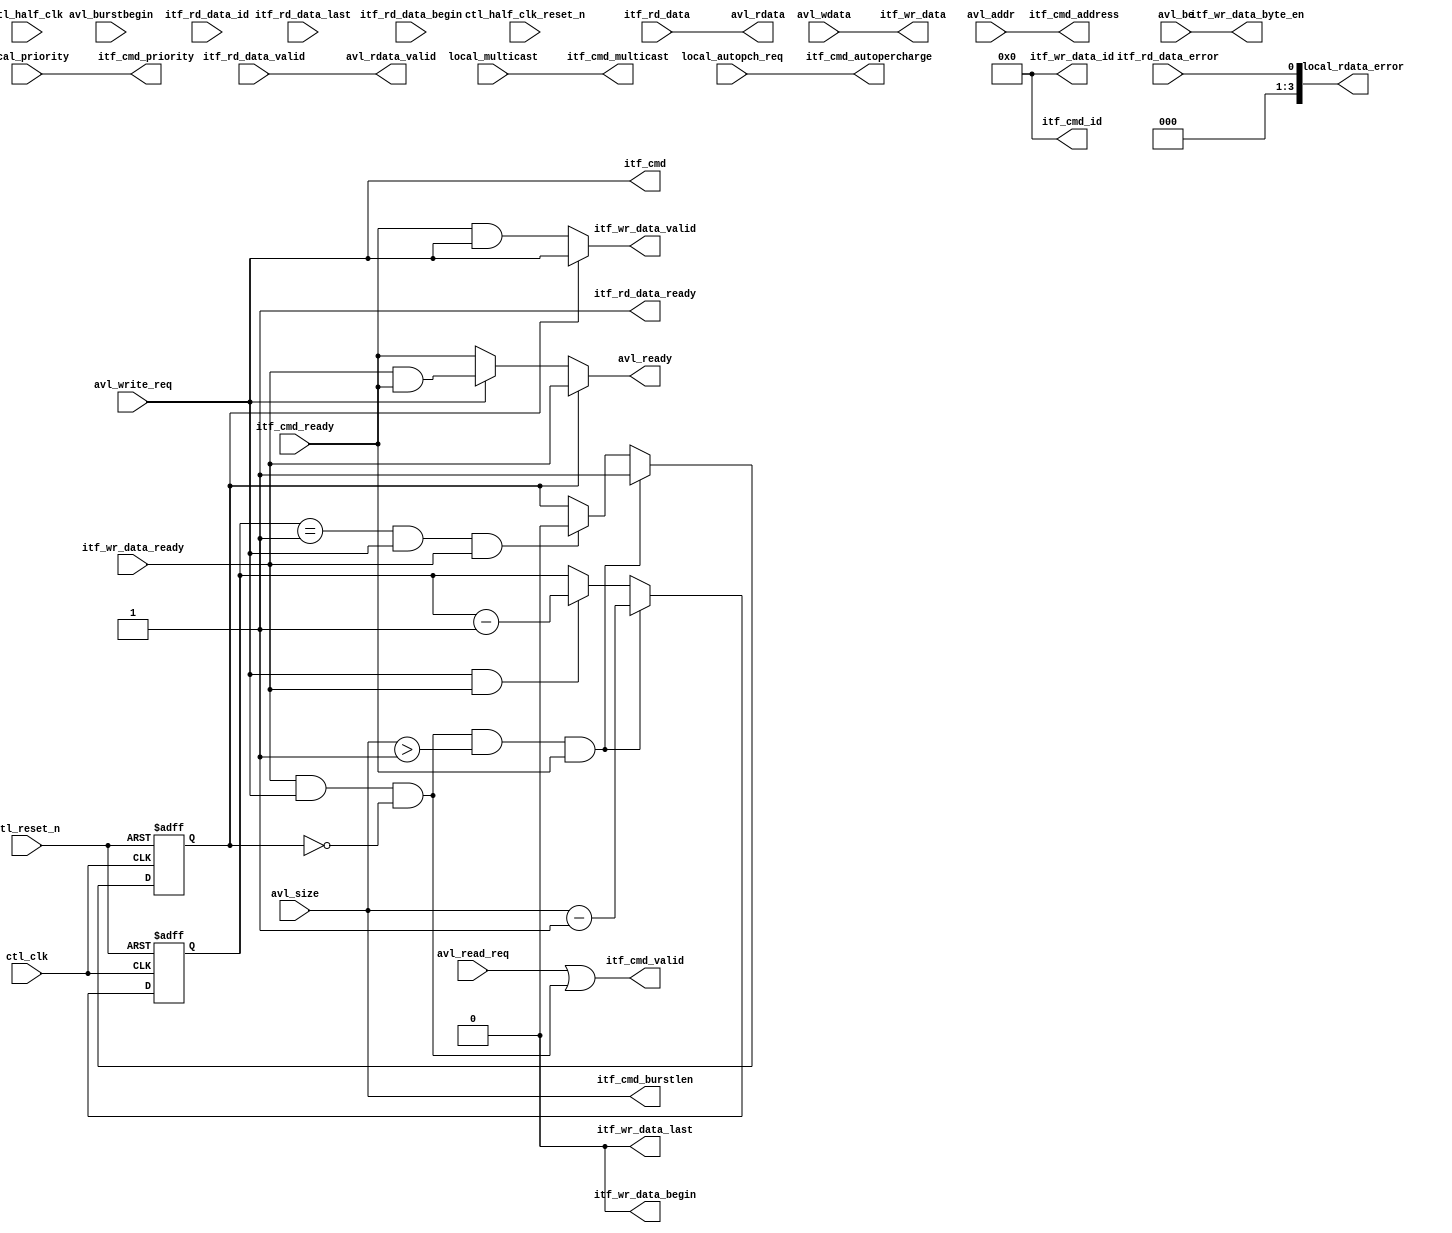
///////////////////////////////////////////////////////////////////////////////
// Title         : alt_mem_ddrx_mm_st_converter
//
//
// Abstract      : take in Avalon MM interface and convert it to single cmd and 
//                 multiple data Avalon ST
//
///////////////////////////////////////////////////////////////////////////////

`timescale 1 ps / 1 ps

module alt_mem_ddrx_mm_st_converter # (
    parameter
        AVL_SIZE_WIDTH     = 3,
        AVL_ADDR_WIDTH     = 25,
        AVL_DATA_WIDTH     = 32,
        LOCAL_ID_WIDTH     = 8,
        CFG_DWIDTH_RATIO   = 4,
        CFG_MM_ST_CONV_REG = 0
    )
    (
        
        ctl_clk, // controller clock
        ctl_reset_n, // controller reset_n, synchronous to ctl_clk
        
        ctl_half_clk, // controller clock, half-rate 
        ctl_half_clk_reset_n, // controller reset_n, synchronous to ctl_half_clk 
        
        // Avalon data slave interface
        avl_ready, // Avalon wait_n
        avl_read_req, // Avalon read 
        avl_write_req, // Avalon write
        avl_size, // Avalon burstcount
        avl_burstbegin, // Avalon burstbegin
        avl_addr, // Avalon address 
        avl_rdata_valid, // Avalon readdata_valid
        avl_rdata, // Avalon readdata
        avl_wdata, // Avalon writedata
        avl_be, // Avalon byteenble
        
        local_rdata_error, // Avalon readdata_error
        local_multicast, // In-band multicast
        local_autopch_req, // In-band auto-precharge request signal 
        local_priority, // In-band priority signal
        
        // cmd channel
        itf_cmd_ready,
        itf_cmd_valid,
        itf_cmd,
        itf_cmd_address,
        itf_cmd_burstlen,
        itf_cmd_id,
        itf_cmd_priority,
        itf_cmd_autopercharge,
        itf_cmd_multicast,
    
        // write data channel
        itf_wr_data_ready,
        itf_wr_data_valid,
        itf_wr_data,
        itf_wr_data_byte_en,
        itf_wr_data_begin,
        itf_wr_data_last,
        itf_wr_data_id,
        
        // read data channel
        itf_rd_data_ready,
        itf_rd_data_valid,
        itf_rd_data,
        itf_rd_data_error,
        itf_rd_data_begin,
        itf_rd_data_last,
        itf_rd_data_id
);
    localparam AVL_BE_WIDTH = AVL_DATA_WIDTH / 8;
    
    input ctl_clk;
    input ctl_reset_n;
    
    input ctl_half_clk;
    input ctl_half_clk_reset_n;
    
    output                      avl_ready;
    input                       avl_read_req;
    input                       avl_write_req;
    input  [AVL_SIZE_WIDTH-1:0] avl_size;
    input                       avl_burstbegin;
    input  [AVL_ADDR_WIDTH-1:0] avl_addr;
    output                      avl_rdata_valid;
    output [3:0]                local_rdata_error;
    output [AVL_DATA_WIDTH-1:0] avl_rdata;
    input  [AVL_DATA_WIDTH-1:0] avl_wdata;
    input  [AVL_BE_WIDTH-1:0]   avl_be;
    
    input local_multicast;
    input local_autopch_req;
    input local_priority;
    
    input                       itf_cmd_ready;
    output                      itf_cmd_valid;
    output                      itf_cmd;
    output [AVL_ADDR_WIDTH-1:0] itf_cmd_address;
    output [AVL_SIZE_WIDTH-1:0] itf_cmd_burstlen;
    output [LOCAL_ID_WIDTH-1:0] itf_cmd_id;
    output                      itf_cmd_priority;
    output                      itf_cmd_autopercharge;
    output                      itf_cmd_multicast;
    
    input                       itf_wr_data_ready;
    output                      itf_wr_data_valid;
    output [AVL_DATA_WIDTH-1:0] itf_wr_data;
    output [AVL_BE_WIDTH-1:0]   itf_wr_data_byte_en;
    output                      itf_wr_data_begin;
    output                      itf_wr_data_last;
    output [LOCAL_ID_WIDTH-1:0] itf_wr_data_id;
    
    output                     itf_rd_data_ready;
    input                      itf_rd_data_valid;
    input [AVL_DATA_WIDTH-1:0] itf_rd_data;
    input                      itf_rd_data_error;
    input                      itf_rd_data_begin;
    input                      itf_rd_data_last;
    input [LOCAL_ID_WIDTH-1:0] itf_rd_data_id;
    
    reg   [AVL_SIZE_WIDTH-1:0] burst_count;
    
    wire                       int_ready;
    wire                       itf_cmd; // high is write
    wire                       itf_wr_if_ready;
    wire  [LOCAL_ID_WIDTH-1:0] itf_cmd_id;
    wire                       itf_wr_data_begin;
    wire                       itf_wr_data_last;
    wire  [LOCAL_ID_WIDTH-1:0] itf_wr_data_id;
    reg                        data_pass;
    reg   [AVL_SIZE_WIDTH-1:0] burst_counter;
    
    reg                          avl_read_req_reg;
    reg                          avl_write_req_reg;
    reg   [AVL_SIZE_WIDTH-1:0]   avl_size_reg;
    reg                          avl_burstbegin_reg;
    reg   [AVL_ADDR_WIDTH-1:0]   avl_addr_reg;
    reg   [AVL_DATA_WIDTH-1:0]   avl_wdata_reg;
    reg   [AVL_DATA_WIDTH/8-1:0] avl_be_reg;
    
    reg                          itf_rd_data_valid_reg;
    reg   [AVL_DATA_WIDTH-1:0]   itf_rd_data_reg;
    reg   [3:0]                  itf_rd_data_error_reg;
    
    reg                          local_multicast_reg;
    reg                          local_autopch_req_reg;
    reg                          local_priority_reg;
    
    generate
        if (CFG_MM_ST_CONV_REG == 1)
        begin
            always @ (posedge ctl_clk or negedge ctl_reset_n)
            begin
                if (!ctl_reset_n)
                begin
                    avl_read_req_reg            <= 1'b0;
                    avl_write_req_reg           <= 1'b0;
                    avl_size_reg                <= {AVL_SIZE_WIDTH{1'b0}};
                    avl_burstbegin_reg          <= 1'b0;
                    avl_addr_reg                <= {AVL_ADDR_WIDTH{1'b0}};
                    avl_wdata_reg               <= {AVL_DATA_WIDTH{1'b0}};
                    avl_be_reg                  <= {AVL_BE_WIDTH{1'b0}};
                    itf_rd_data_valid_reg       <= 1'b0;
                    itf_rd_data_reg             <= {AVL_DATA_WIDTH{1'b0}};
                    itf_rd_data_error_reg       <= 4'b0;
                    local_multicast_reg         <= 1'b0;
                    local_autopch_req_reg       <= 1'b0;
                    local_priority_reg          <= 1'b0;
                end else
                begin
                    if (int_ready)
                    begin
                        avl_read_req_reg        <= avl_read_req;
                        avl_write_req_reg       <= avl_write_req;
                        avl_size_reg            <= avl_size;
                        avl_burstbegin_reg      <= avl_burstbegin;
                        avl_addr_reg            <= avl_addr;
                        avl_wdata_reg           <= avl_wdata;
                        avl_be_reg              <= avl_be;
                        local_multicast_reg     <= local_multicast;
                        local_autopch_req_reg   <= local_autopch_req;
                        local_priority_reg      <= local_priority;
                    end
                        itf_rd_data_valid_reg   <= itf_rd_data_valid;
                        itf_rd_data_reg         <= itf_rd_data;
                        itf_rd_data_error_reg   <= itf_rd_data_error;
                end
            end
        end else 
        begin
            always @ (*)
            begin
                avl_read_req_reg            = avl_read_req;
                avl_write_req_reg           = avl_write_req;
                avl_size_reg                = avl_size;
                avl_burstbegin_reg          = avl_burstbegin;
                avl_addr_reg                = avl_addr;
                avl_wdata_reg               = avl_wdata;
                avl_be_reg                  = avl_be;
                itf_rd_data_valid_reg       = itf_rd_data_valid;
                itf_rd_data_reg             = itf_rd_data;
                itf_rd_data_error_reg       = itf_rd_data_error;
                local_multicast_reg         = local_multicast;
                local_autopch_req_reg       = local_autopch_req;
                local_priority_reg          = local_priority;
            end
        end
    endgenerate
    
    // when cmd_ready = 1'b1, avl_ready = 1'b1;
    // when avl_write_req = 1'b1,
    // take this write req and then then drive avl_ready until receive # of beats = avl_size? 
    // we will look at cmd_ready, if cmd_ready = 1'b0, avl_ready = 1'b0
    // when cmd_ready = 1'b1, avl_ready = 1'b1;
    // when local_ready_req = 1'b1,
    // take this read_req
    // we will look at cmd_ready, if cmd_ready = 1'b0, avl_ready = 1'b0

    assign itf_cmd_valid = avl_read_req_reg | itf_wr_if_ready;

    assign itf_wr_if_ready = itf_wr_data_ready & avl_write_req_reg & ~data_pass;
    
    assign avl_ready = int_ready;
    assign itf_rd_data_ready = 1'b1;
    assign itf_cmd_address = avl_addr_reg ;
    assign itf_cmd_burstlen = avl_size_reg ;
    assign itf_cmd_autopercharge = local_autopch_req_reg ;
    assign itf_cmd_priority = local_priority_reg ;
    assign itf_cmd_multicast = local_multicast_reg ;
    assign itf_cmd = avl_write_req_reg;

    assign itf_cmd_id = {LOCAL_ID_WIDTH{1'b0}};
    assign itf_wr_data_begin = 1'b0;
    assign itf_wr_data_last = 1'b0;
    assign itf_wr_data_id = {LOCAL_ID_WIDTH{1'b0}};
    
    // write data channel
    assign itf_wr_data_valid = (data_pass) ? avl_write_req_reg : itf_cmd_ready & avl_write_req_reg;
    assign itf_wr_data = avl_wdata_reg ;
    assign itf_wr_data_byte_en = avl_be_reg ;
             
    // read data channel
    assign avl_rdata_valid = itf_rd_data_valid_reg;
    assign avl_rdata =  itf_rd_data_reg;
    assign local_rdata_error = itf_rd_data_error_reg;
    
    assign int_ready = (data_pass) ? itf_wr_data_ready : ((itf_cmd) ? (itf_wr_data_ready & itf_cmd_ready) : itf_cmd_ready);
    
    always @(posedge ctl_clk, negedge ctl_reset_n)
        begin
            if (!ctl_reset_n)
                burst_counter  <=  {AVL_SIZE_WIDTH{1'b0}};
            else
                begin
                    if (itf_wr_if_ready && avl_size_reg > 1 && itf_cmd_ready)
                        burst_counter   <=  avl_size_reg - 1'b1;
                    else if (avl_write_req_reg && itf_wr_data_ready)
                        burst_counter   <=  burst_counter - 1'b1;
                end
        end
    
    always @(posedge ctl_clk, negedge ctl_reset_n)
        begin
            if (!ctl_reset_n)
                data_pass  <=  1'b0;
            else
                begin
                    if (itf_wr_if_ready && avl_size_reg > 1 && itf_cmd_ready)
                        data_pass  <=  1'b1;
                    else if (burst_counter == 1 && avl_write_req_reg && itf_wr_data_ready)
                        data_pass  <=  1'b0;
                end
        end
        
endmodule